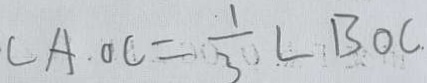
\angle A . O C = \frac { 1 } { 3 } \angle B O C